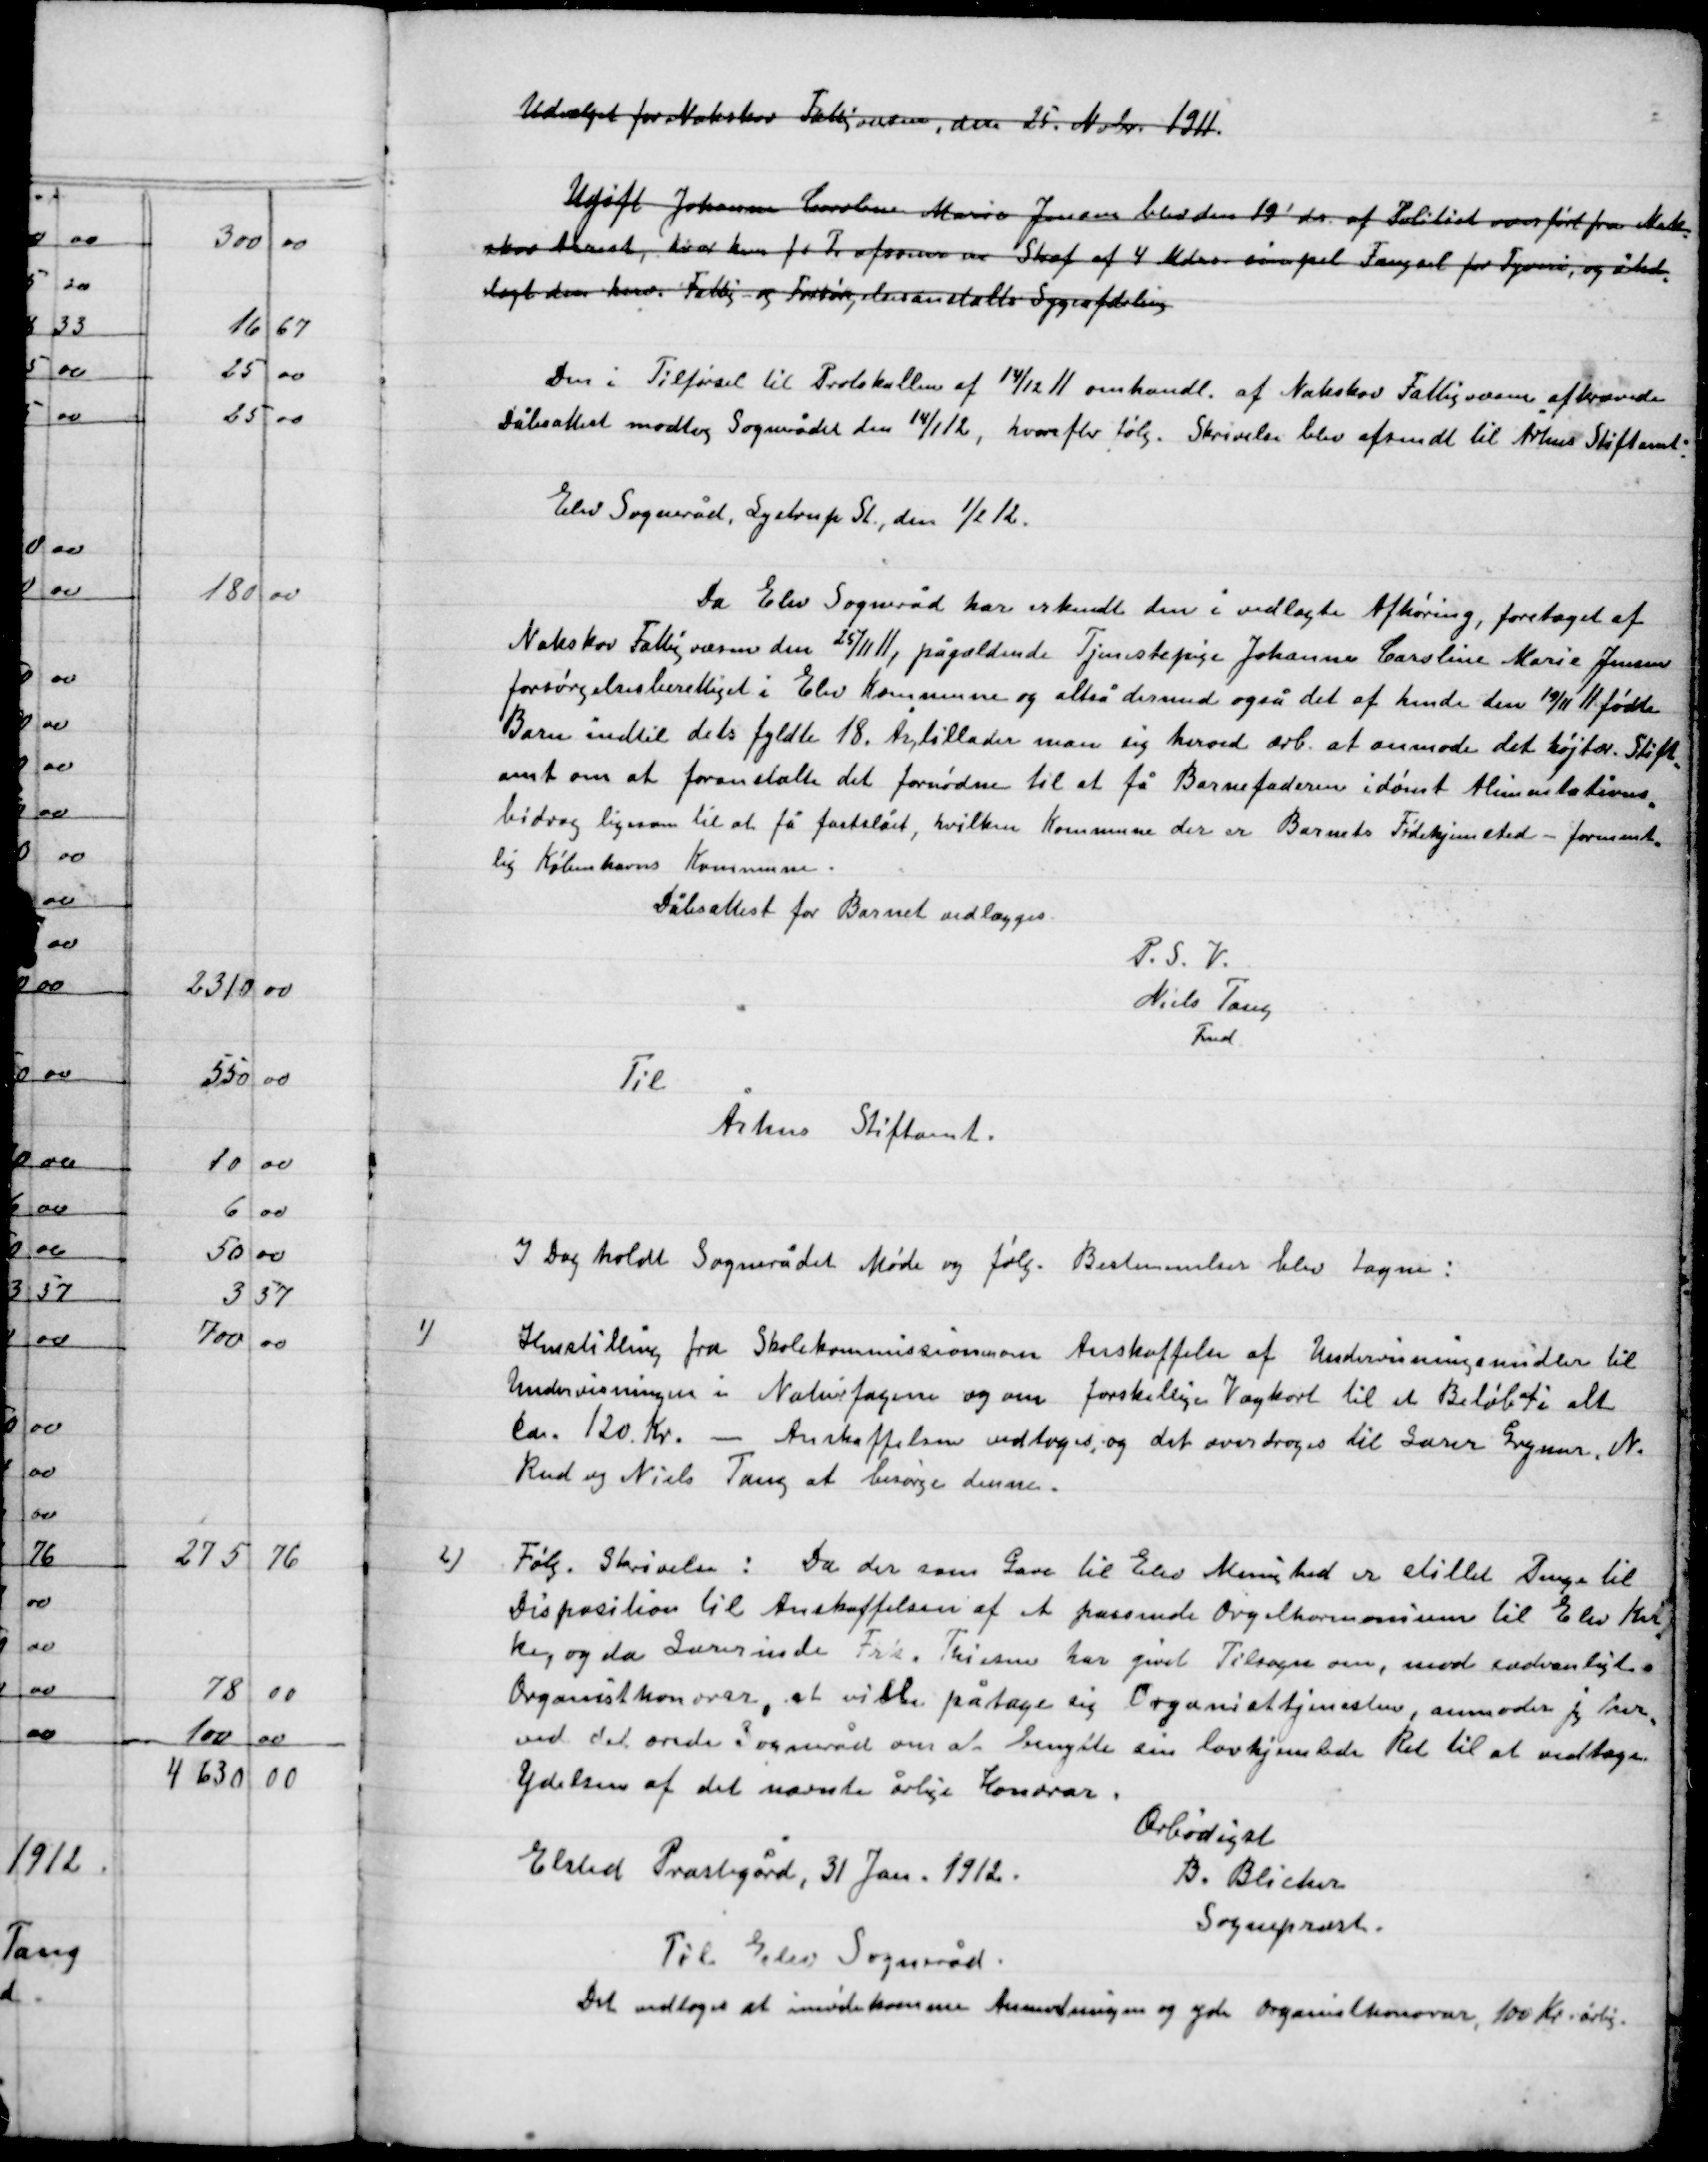
Transskription:
Udvalget for Nakskov Fattigvæsen, den 25. Novbr. 1911.
Ugift Johansen Caroline Marie Jensen blev den 19´ds. af Politiet som ført fra Nak-
skov Arrest, hvor han f T. afsoner en  Straf af 4 Mdrs. simpel Fængsel for Tyveri og ind
Iagt den hvor Fattig og Forsørgelsesanstaltens Sygeafdeling

Den i Tilførsel til Protokollen af 14/12 11 omhandl. af Nakskov Fattigvæsen afkrævede
Dåbsattest modtog Sognerådet den 14/1 12,hvorefter følg. Skrivelse blev afsendt til Århus Stiftsamt.

Elev Sogneråd, Lystrup St., den ½ 12.
Da Elev sogneråd har erkendt den i vedlagte Afhøring, foretaget af
Nakskov Fattigvæsen den 25/11, pågældende Tjenestepige Johanne Caroline Marie Jensen
Forsørgelsesberettiget i Elev Kommune og altså dermed også det af hende den 19/11 11 fødte
Barn indtil dets fyldte 18. År tillader man sig herved ærb. At anmode det højtær. Stifts-
Amt om at foranstalte det fornødne til at få barnefaderen idømt Alimentations
Bidrag ligesom til at få fastslået, hvilken kommune der er Barnets fødehjemsted – forment-
lig Københavns Kommune.
Dåbsattest for barnet vedlægges.
P.S.V.
Niels Tang
Fmd.
Til
Aarhus Stiftsamt.

I Dag holdt Sognerådet Møde og følg. Bestemmelser blev tagne:

1)

Indstilling fra skolekommissionen anskaffelse af Undervisningsmaterialer til
Undervisning i Naturfagene og om forskellige Vægkort til et Beløb af i alt
Ca. 120 Kr. – Anskaffelsen vedtoges, og det overdroges til Lærer Grymer, N.
Rud og Niels tang at besørge denne.

2)

Følg. Skrivelse: Da der som gave til Elev Menighed er stillet Denne til
Disposition til Anskaffelsen af et passende Orgel harmonium til Elev Kir-
ke og da Lærerinde Frk. Thiesen har givet tilsagn om, mod sædvanligt.
Organist honorar, at ville påtage sig Organisttjenesten, anmoder jeg her-
ved det ærede Sogneråd om at benytte sin lovhjemmelede Ret til at vedtage
Ydelsen af det nævnte årlige Honorar.
Elsted Præstegård, 31 Jan. 1912.
Ærbødigst
B. Blicher
Sognepræst
Til Elev Sogneråd
Det vedtoges at imødekomme Anmodningen og yde Organisthonorar, 100 Kr. årlig.